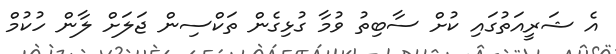
އެ ޝަރީއަތުގައި ކުށް ސާބިތު ވުމާ ގުޅިގެން ތަކްސިން ޖަލަށް ލާން ހުކުމް